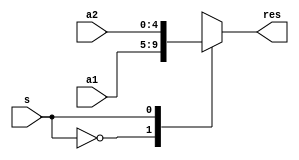
module Mux_2_1_5 (a1, a2, s, res);  

    parameter N = 5;

    input [N-1 : 0] a1, a2;
    input s;
    output [N-1 : 0] res;

    reg [N-1 : 0] A;
    always @(*)
    begin
        case (s)
            1'b0 : A <= a1;
            1'b1 : A <= a2;
        endcase
    end
    
    assign res = A;

endmodule


module Mux_2_1_32 (a1, a2, s, res);  

    parameter N = 32;

    input [N-1 : 0] a1, a2;
    input s;
    output [N-1 : 0] res;

    reg [N-1 : 0] A;
    always @(*)
    begin
        case (s)
            1'b0 : A <= a1;
            1'b1 : A <= a2;
        endcase
    end
    
    assign res = A;

endmodule